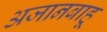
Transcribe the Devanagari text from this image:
अजानबाहू